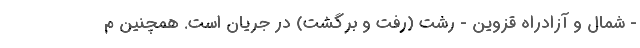
- شمال و آزادراه قزوین - رشت (رفت و برگشت) در جریان است. همچنین م